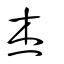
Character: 杰